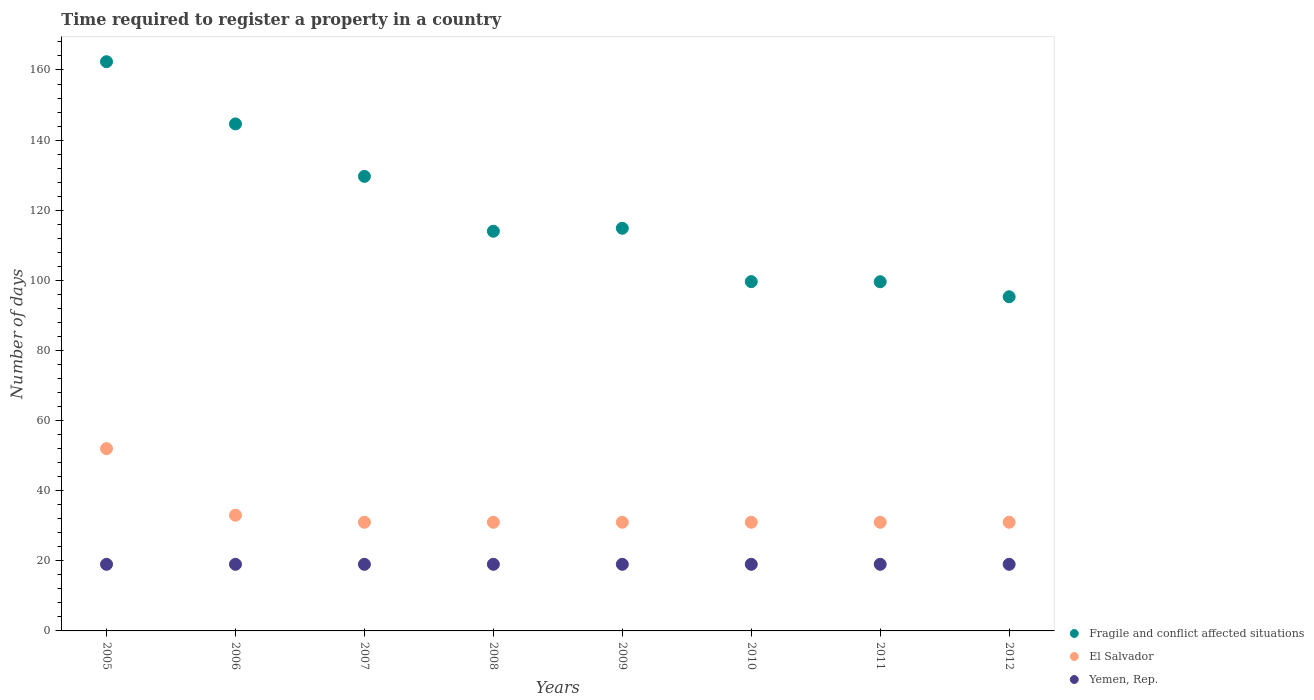
| Years | Fragile and conflict affected situations | El Salvador | Yemen, Rep. |
 | --- | --- | --- | --- |
 | 2005 | 162 | 52 | 19 |
 | 2006 | 145 | 33 | 19 |
 | 2007 | 130 | 31 | 19 |
 | 2008 | 114 | 31 | 19 |
 | 2009 | 115 | 31 | 19 |
 | 2010 | 99.6 | 31 | 19 |
 | 2011 | 99.6 | 31 | 19 |
 | 2012 | 95.3 | 31 | 19 |